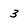
Character: 3